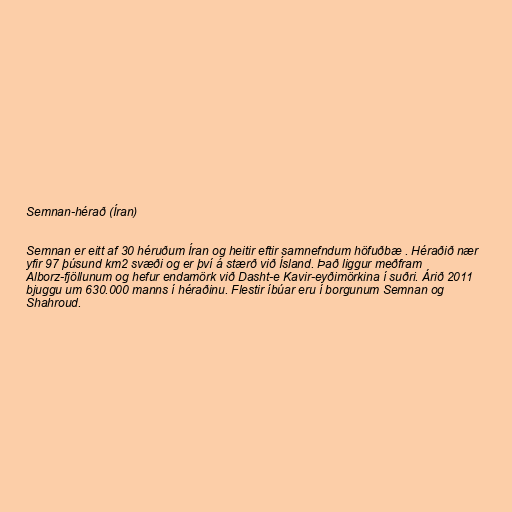
Semnan-hérað (Íran)

Semnan er eitt af 30 héruðum Íran og heitir eftir samnefndum höfuðbæ . Héraðið nær
yfir 97 þúsund km2 svæði og er því á stærð við Ísland. Það liggur meðfram
Alborz-fjöllunum og hefur endamörk við Dasht-e Kavir-eyðimörkina í suðri. Árið 2011
bjuggu um 630.000 manns í héraðinu. Flestir íbúar eru í borgunum Semnan og
Shahroud.